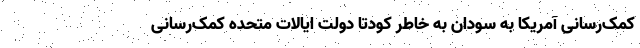
کمک‌رسانی آمریکا به سودان به خاطر کودتا دولت ایالات متحده کمک‌رسانی